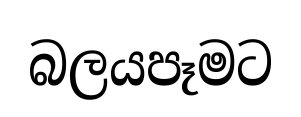
බලයපෑමට